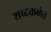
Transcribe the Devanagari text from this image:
शब्दकळेत